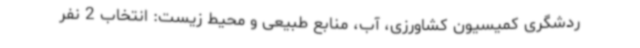
ردشگری کمیسیون کشاورزی، آب، منابع طبیعی و محیط زیست: انتخاب 2 نفر